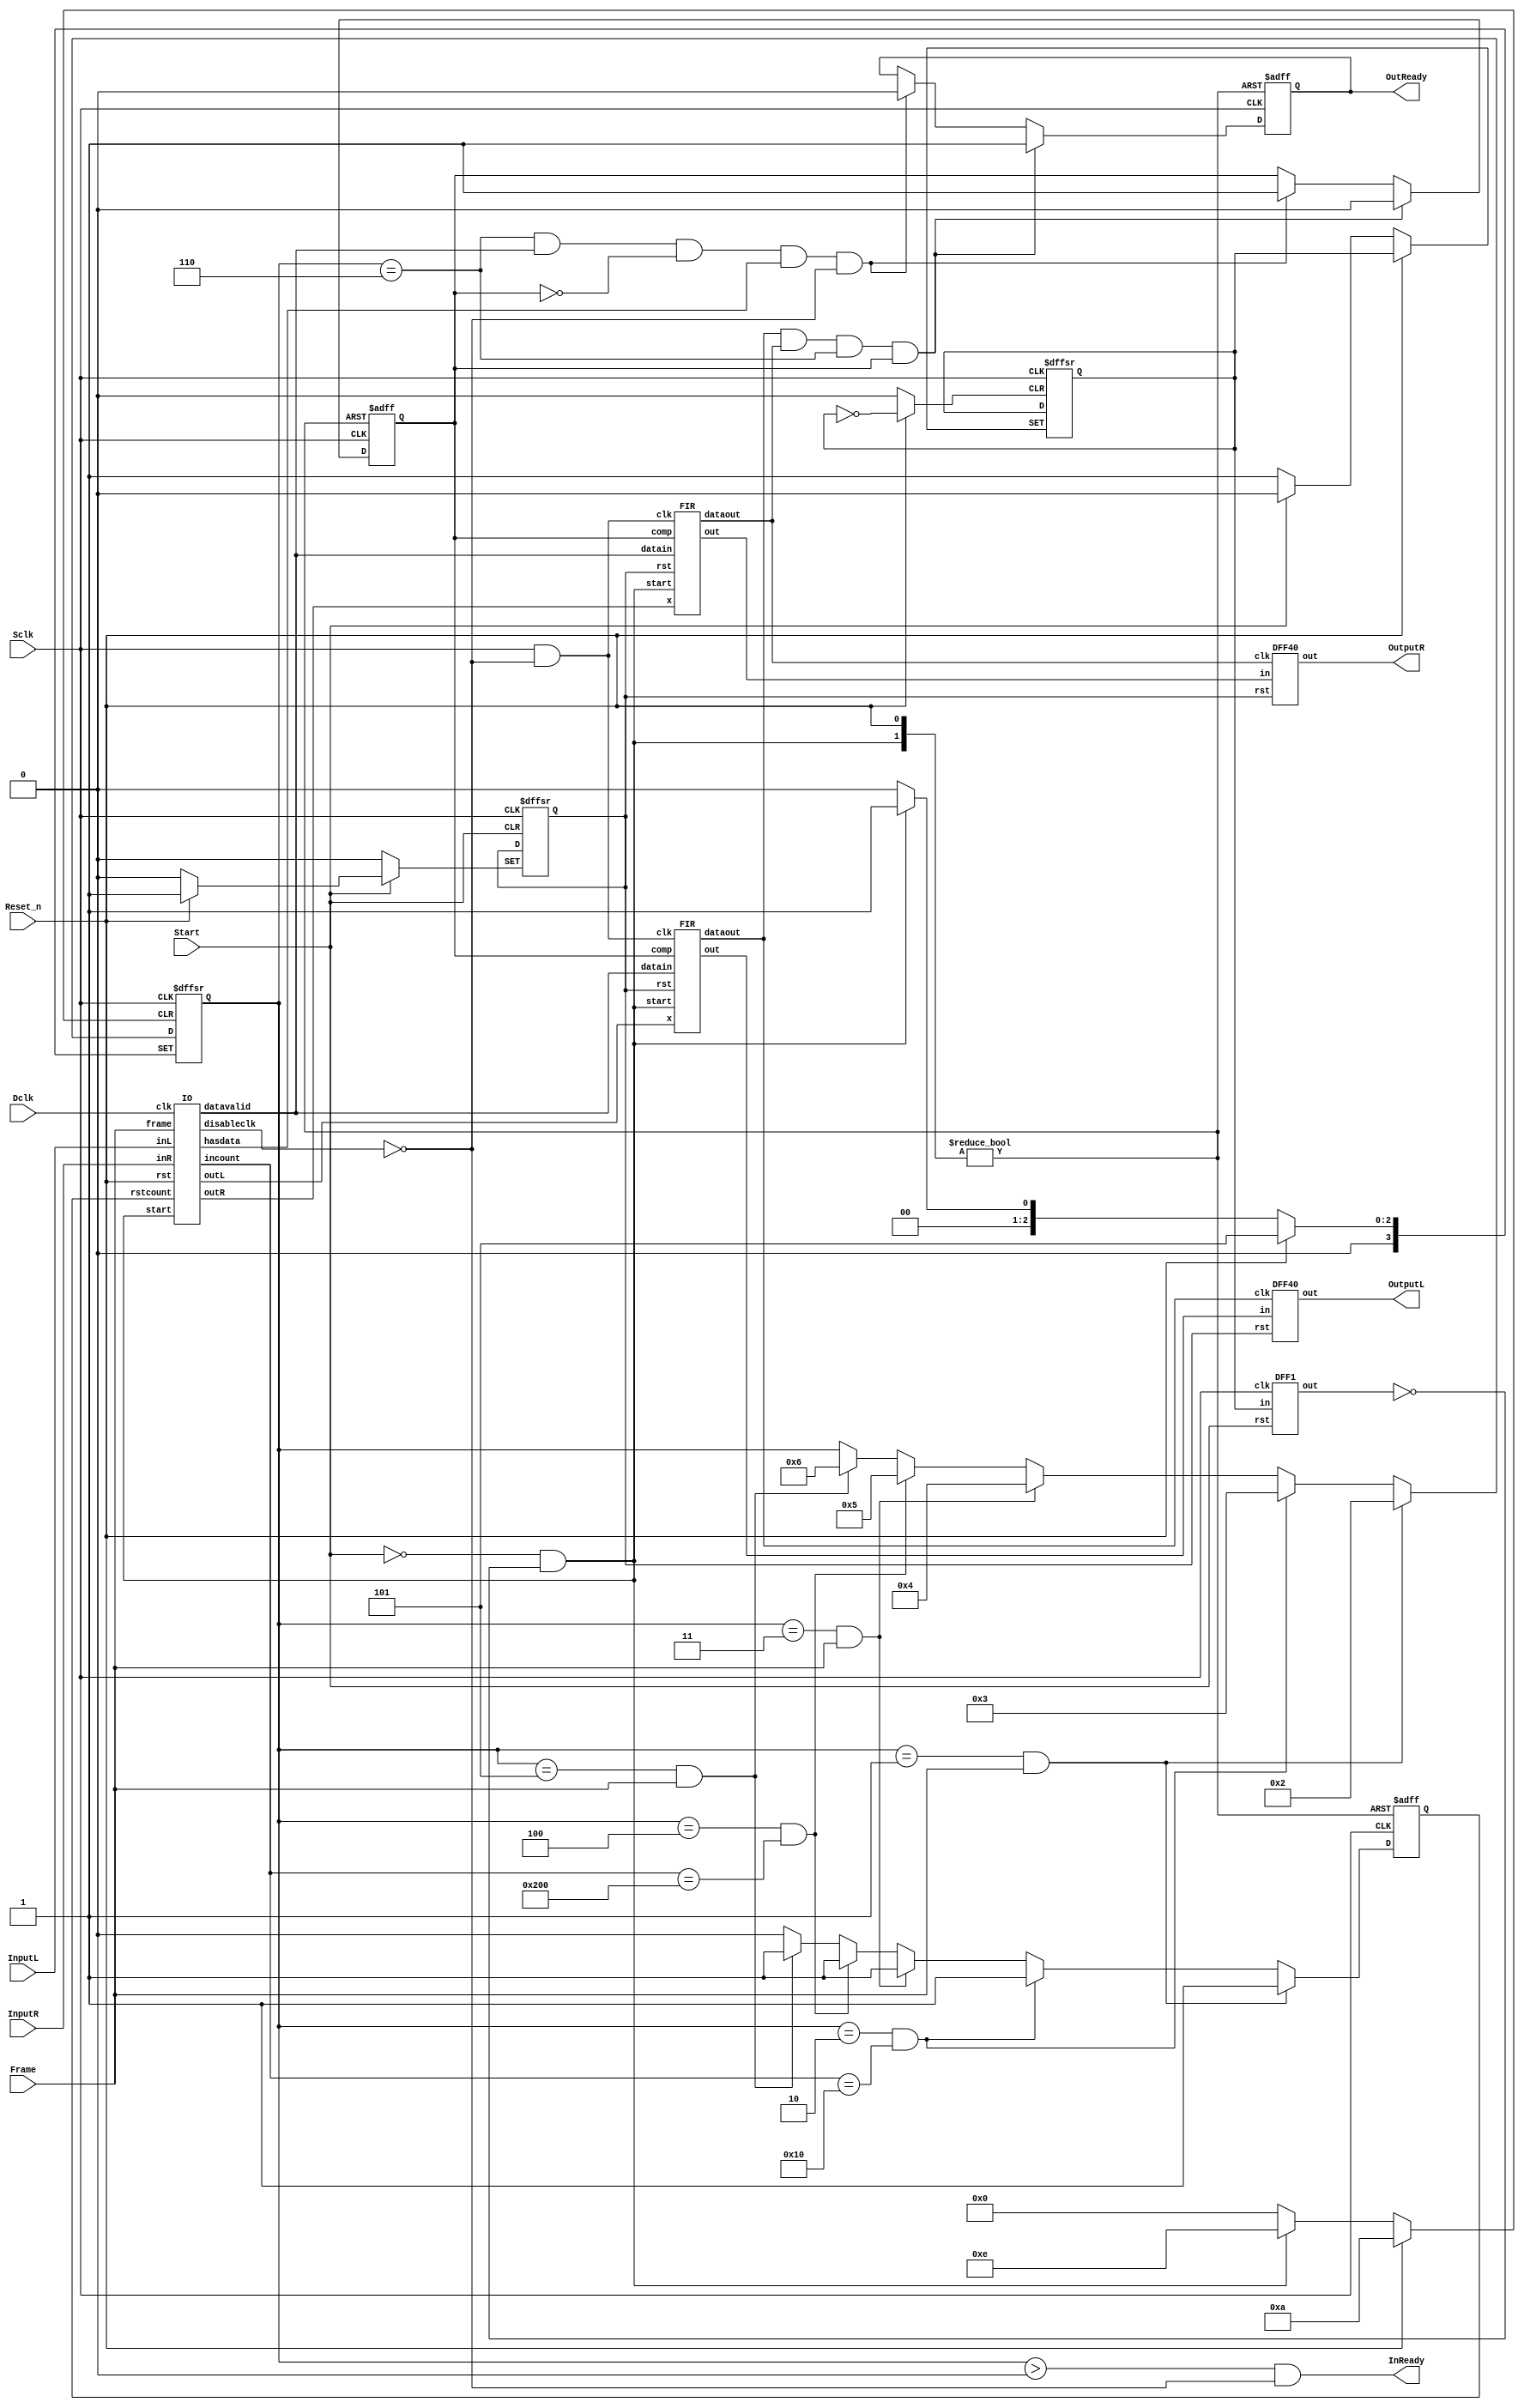
module MSDAP(Sclk, Dclk, Start, Reset_n, Frame, InputL, InputR, InReady, OutReady, OutputL, OutputR);
    input Sclk, Dclk, Start, Reset_n, Frame, InputL, InputR;
    output InReady;
    output reg OutReady;
    output [39:0] OutputL, OutputR;
 
    wire [39:0] outL, outR;
    wire [15:0] dataL, dataR;
    wire [9:0] incount;
    reg [3:0] state;
    wire datavalid, disableclk, dataoutL, dataoutR, hasdata, started, firclk;
    wire start;
    reg rst, collecting, validnc, comp, starting, rstcount;

    assign firclk = Sclk & !disableclk;
    FIR firL(dataL, datavalid, firclk, rst, start, comp, outL, dataoutL);
    FIR firR(dataR, datavalid, firclk, rst, start, comp, outR, dataoutR);
    DFF40 outdffL(outL, dataoutL, rst, OutputL);
    DFF40 outdffR(outR, dataoutR, rst, OutputR);
    assign InReady = state > 0 && !disableclk;
    
    IO io(Dclk, start, Reset_n, rstcount, Frame, InputL, InputR, dataL, dataR, incount, datavalid, disableclk, hasdata);

    always @(posedge Sclk or negedge Start or posedge Reset_n) begin
        if(Reset_n) begin
            rst <= 1;
        end
        else if(!Start) begin
            starting <= 1;
            rst <= 0;
        end
    end

    DFF1 startdff(starting, Sclk, Start, started);
    assign start = !Start && !started;

    always @(posedge Sclk or posedge start or posedge Reset_n) begin
        if(start) begin
            OutReady <= 0;
            comp <= 0;
        end
        else if(Reset_n) begin
            OutReady <= 0;
            comp <= 0;
        end
        else begin
            if(dataoutL && dataoutR && state == 6 && comp) begin
                OutReady <= 1;
                comp <= 0;
            end
            else if(state == 6 && datavalid && !comp && hasdata && !disableclk) begin
                OutReady <= 0;
                comp <= 1;
            end
        end
    end

    always @(posedge Sclk or posedge start or posedge Reset_n) begin
        if(start) begin
            state <= 1;
            rstcount <= 0;
        end
        else if(Reset_n) begin
            state <= 5;
            rstcount <= 0;
        end
        else begin
            if(state == 1 && Frame) begin
                state <= 2;
                rstcount <= 1;
            end
            else if(state == 2 && incount == 16) begin
                state <= 3;
                rstcount <= 1;
            end
            else if(state == 3 && Frame) begin
                state <= 4;
                rstcount <= 1;
            end
            else if(state == 4 && incount == 512) begin
                state <= 5;
                rstcount <= 1;
            end
            else if(state == 5 && Frame) begin
                state <= 6;
                rstcount <= 1;
            end
            else begin
                rstcount <= 0;
            end
        end
    end
endmodule

module IO(clk, start, rst, rstcount, frame, inL, inR, outL, outR, incount, datavalid, disableclk, hasdata);
    input clk, start, rst, rstcount, frame, inL, inR;
    output reg [15:0] outL, outR;
    output reg [9:0] incount;
    output reg datavalid, hasdata;
    output disableclk;

    reg [9:0] zerocounter;
    reg [3:0] index;
    reg collecting, framerec, validnc;

    assign disableclk = zerocounter == 800;

    always @(posedge clk or posedge start or posedge rst or posedge rstcount or posedge frame) begin
        if(start) begin
            zerocounter <= 0;
            framerec <= 0;
            datavalid <= 0;
            incount <= 0;
            hasdata <= 0;
        end
        else if(rst) begin
            zerocounter <= 0;
            framerec <= 0;
            datavalid <= 0;
            incount <= 0;
            hasdata <= 0;
        end
        else if(rstcount) begin
            incount <= 0;
            zerocounter <= 0;
            hasdata <= 0;
        end
        else if(frame) begin
            framerec <= 1;
        end
        else begin
            framerec <= 0;
            if(validnc) begin
                if(outL == 0 && outR == 0 && zerocounter != 800) begin
                    zerocounter <= zerocounter + 1;
                end
                else if(outL != 0 || outR != 0) begin
                    zerocounter <= 0;
                end
                incount <= incount + 1;
                datavalid <= 1;
                hasdata <= 1;
            end
            else begin
                datavalid <= 0;
            end
        end
    end

    always @(negedge clk or posedge start or posedge rst) begin
        if(start) begin
            collecting <= 0;
            outL <= 0;
            outR <= 0;
            validnc <= 0;
            index <= 15;
        end
        else if(rst) begin
            collecting <= 0;
            outL <= 0;
            outR <= 0;
            validnc <= 0;
            index <= 15;
        end
        else begin
            if(framerec)
                collecting <= 1;
            if(collecting || framerec) begin
                outL[index] <= inL;
                outR[index] <= inR;
                index <= index - 1;
            end
            if(index == 0) begin
                validnc <= 1;
            end
            else begin
                validnc <= 0;
            end
        end
    end
endmodule

module FIR(x, datain, clk, rst, start, comp, out, dataout);
    input [15:0] x;
    input datain, clk, rst, start, comp;
    output [39:0] out;
    output dataout;

    parameter ORDER = 256;
    reg [10:0] count;
    reg [8:0] C [511:0];
    reg [15:0] X [(ORDER - 1):0];
    reg [7:0] Rj [15:0];
    reg r, c;
    integer i;

    always @(posedge datain or posedge start or posedge rst) begin
        if(start) begin
            r <= 0;
            c <= 0;
            count <= 0;
            for(i = 0; i < ORDER; i = i + 1)
                X[i] <= 0;
        end
        else if(rst) begin
            for(i = 0; i < ORDER; i = i + 1)
                X[i] <= 0;
        end
        else if(!rst) begin
            if(!r) begin
                Rj[count] <= x[7:0];
                count <= count + 1;
                if(count == 15) begin
                    r <= 1;
                    count <= 0;
                end
            end
            else if(!c) begin
                C[count] <= x[8:0];
                count <= count + 1;
                if(count == 511) begin
                    c <= 1;
                end
            end
            else if(c) begin
                for(i = 1; i < ORDER; i = i + 1)
                    X[i - 1] <= X[i];
                X[(ORDER - 1)] <= x;
            end
        end
    end

    wire [39:0] mux3out, outshift;
    wire [24:0] sum;
    wire [23:0] mux1out, mux2out, accout;
    wire [15:0] xxor;
    wire [9:0] Csel, srjout;
    wire [7:0] rj, negcoeff, xindex, isneg;
    wire [3:0] rjsel;
    wire [1:0] mux2sel;
    wire coeffcarryin, accclk, accrst, rjclk, rjm1clk, mux1sel, muxcsel, muxcout, eqz, accreset, mux3sel, outclk, reset, restart;

    assign negcoeff = ~(C[Csel][7:0]);
    assign xindex = 8'hff & negcoeff;
    assign coeffcarryin = C[Csel][8];
    
    XOR_1_16 muxxoutxor(coeffcarryin, X[xindex], xxor); 

    //Counter10 SRjm1(rjm1clk, restart, Csel);
    Counter10_e SRjm1(!clk, rjm1clkenable, restart, rst | start, Csel);
    
    //DFF10 SRj(sum[9:0], rjclk, restart, srjout);
    DFF10_e SRj(sum[9:0], !clk, rjclkenable, restart, rst | start, srjout);

    //Counter4 Rjno(rjnoclk, restart, rjsel);
    Counter4_e Rjno(!clk, rjnoclkenable, restart, rst | start, rjsel);
    
    assign isneg = xxor[15] ? 8'hff : 8'h00;
    Mux2_24 mux1(accout, {16'h0000, Rj[rjsel]}, mux1sel, mux1out);
    Mux4_24 mux2({isneg, xxor}, 24'h000000, {14'h0000, srjout}, out[39:16], mux2sel, mux2out);
    
    Mux2_1 muxc(coeffcarryin, 1'b0, muxcsel, muxcout);

    Adder24 add(mux1out, mux2out, muxcout, sum);
    
    assign accrst = restart | accreset;
    //DFF24 acc(sum[23:0], accclk, accrst, accout);
    DFF24_e acc(sum[23:0], !clk, accclkenable, accrst, rst | start, accout);

    FastEQ10 feq(Csel, srjout, eqz);
    
    Mux2_40 mux3({sum[23:0], out[15:0]}, outshift, mux3sel, mux3out);
    //DFF40 outdff(mux3out, outclk, restart, out);
    DFF40_e outdff(mux3out, clk, outclkenable, restart, rst | start, out);
    Shifter40 shifter(out, outshift);
    
    StateMachine sm(clk, rst, start, comp, eqz, rjsel, mux1sel, mux2sel, mux3sel, muxcsel, rjm1clkenable, rjclkenable, rjnoclkenable, accclkenable, accreset, outclkenable, dataout, reset);

    DFF1 resetpulse(reset, !clk, start | rst, hasreset);
    DFF1 resetpulse2(reset, clk, start | rst, hasresetd);

    assign restart = rst | (reset & !hasresetd);
endmodule

module StateMachine(clk, rst, start, comp, eqz, rjno, mux1sel, mux2sel, mux3sel, muxcsel, rjm1clkenable, rjclkenable, rjnoclkenable, accclkenable, accreset, outclkenable, dataout, reset);
    input clk, rst, start, comp, eqz;
    input [3:0] rjno;
    output mux1sel, mux3sel, muxcsel, rjclkenable, rjnoclkenable, rjm1clkenable, accclkenable, outclkenable, dataout, accreset, reset;
    output [1:0] mux2sel;

    reg [2:0] pstate, nstate;
    parameter A = 0;
    parameter B = 1;
    parameter C = 2;
    parameter D = 3;
    parameter E = 4;
    parameter F = 5;
    parameter G = 6;

    assign reset = pstate == G;
    assign dataout = pstate == F;
    assign accclkenable = pstate == C;
    assign outclkenable = pstate == D || pstate == E;
    assign rjm1clkenable = pstate == C;
    assign rjnoclkenable = pstate == B || (pstate == E && rjno != 0);
    assign rjclkenable = pstate == B || (pstate == E && rjno != 0);
    assign mux1sel = pstate == B || (pstate == E && rjno != 0);
    assign mux2sel[0] = pstate == D;
    assign mux2sel[1] = pstate == B || pstate == D || (pstate == E && rjno != 0);
    assign muxcsel = pstate == B || pstate == D || pstate == E;
    assign mux3sel = pstate == E;
    assign accreset = pstate == B || (pstate == E && rjno != 0);

    always @(posedge clk or posedge start or posedge rst) begin
        if(start) begin
            pstate <= A;
            nstate <= A;
        end
        else if(rst) begin
            pstate <= A;
            nstate <= A;
        end
        else if(comp) begin
            if(eqz && pstate == C) begin
                pstate <= D;
                nstate <= E;
            end
            else begin
                case(nstate)
                    A: begin
                        nstate <= B;
                    end
                    B: begin
                        nstate <= C;
                    end
                    C: begin
                        if(eqz) begin
                            nstate <= D;
                        end
                        else begin
                            nstate <= C;
                        end
                    end
                    D: begin
                        nstate <= E;
                    end
                    E: begin
                        if(rjno == 0 && eqz) begin
                            nstate <= F;
                        end
                        else begin
                            nstate <= C;
                        end
                    end
                    F: begin
                        nstate <= G;
                    end
                    G: begin
                        nstate <= B;
                    end
                    default: begin
                        nstate <= B;
                    end
                endcase
                pstate <= nstate;
            end
        end
    end
endmodule

module FastEQ10(one, two, out);
    input [9:0] one, two;
    output out;

    assign out = &(one | ~two);
endmodule

module DFF1(in, clk, rst, out);//1-bit D-flip flop
    input in;
    input clk, rst;
    output reg out;

    always @(posedge clk or posedge rst) begin
        if(rst)
            out <= 0;
        else
            out <= in;
    end
endmodule

module DFF4(in, clk, rst, out);//4-bit D-flip flop
    input [3:0] in;
    input clk, rst;
    output reg [3:0] out;

    always @(posedge clk or posedge rst) begin
        if(rst)
            out <= 0;
        else
            out <= in;
    end
endmodule

module Counter4(clk, rst, out);
    input clk, rst;
    output reg [3:0] out;

    always @(posedge clk or posedge rst) begin
        if(rst)
            out <= 0;
        else
            out <= out + 1;
    end
endmodule

module Counter4_e(clk, enable, rst, arst, out);
    input clk, enable, rst, arst;
    output reg [3:0] out;

    always @(posedge clk or posedge arst) begin
        if(arst)
            out <= 0;
        else if(rst)
            out <= 0;
        else if(enable)
            out <= out + 1;
    end
endmodule

module DFF10(in, clk, rst, out);//10-bit D-flip flop
    input [9:0] in;
    input clk, rst;
    output reg [9:0] out;

    always @(posedge clk or posedge rst) begin
        if(rst)
            out <= 0;
        else
            out <= in;
    end
endmodule

module DFF10_e(in, clk, enable, rst, arst, out);//10-bit D-flip flop
    input [9:0] in;
    input clk, enable, rst, arst;
    output reg [9:0] out;

    always @(posedge clk or posedge arst) begin
        if(arst)
            out <= 0;
        else if(rst)
            out <= 0;
        else if(enable)
            out <= in;
    end
endmodule

module Counter10(clk, rst, out);
    input clk, rst;
    output reg [9:0] out;

    always @(posedge clk or posedge rst) begin
        if(rst)
            out <= 0;
        else
            out <= out + 1;
    end
endmodule

module Counter10_e(clk, enable, rst, arst, out);
    input clk, enable, rst, arst;
    output reg [9:0] out;

    always @(posedge clk or posedge arst) begin
        if(arst)
            out <= 0;
        else if(rst)
            out <= 0;
        else if(enable)
            out <= out + 1;
    end
endmodule

module DFF11(in, clk, rst, out);//11-bit D-flip flop
    input [10:0] in;
    input clk, rst;
    output reg [10:0] out;

    always @(posedge clk or posedge rst) begin
        if(rst)
            out <= 0;
        else
            out <= in;
    end
endmodule

module DFF16(in, clk, rst, out);//16-bit D-flip flop
    input [15:0] in;
    input clk, rst;
    output reg [15:0] out;

    always @(posedge clk or posedge rst) begin
        if(rst)
            out <= 0;
        else
            out <= in;
    end
endmodule

module DFF24(in, clk, rst, out);//24-bit D-flip flop
    input [23:0] in;
    input clk, rst;
    output reg [23:0] out;

    always @(posedge clk or posedge rst) begin
        if(rst)
            out <= 0;
        else
            out <= in;
    end
endmodule

module DFF24_e(in, clk, enable, rst, arst, out);//24-bit D-flip flop
    input [23:0] in;
    input clk, enable, rst, arst;
    output reg [23:0] out;

    always @(posedge clk or posedge arst) begin
        if(arst)
            out <= 0;
        else if(rst)
            out <= 0;
        else if(enable)
            out <= in;
    end
endmodule

module DFF40(in, clk, rst, out);//40-bit D-flip flop
    input [39:0] in;
    input clk, rst;
    output reg [39:0] out;

    always @(posedge clk or posedge rst) begin
        if(rst)
            out <= 0;
        else
            out <= in;
    end
endmodule

module DFF40_e(in, clk, enable, rst, arst, out);//40-bit D-flip flop
    input [39:0] in;
    input clk, enable, rst, arst;
    output reg [39:0] out;

    always @(posedge clk or posedge arst) begin
        if(arst)
            out <= 0;
        else if(rst)
            out <= 0;
        else if(enable)
            out <= in;
    end
endmodule

module Mux2_1(one, two, sel, out);
    input one, two;
    input sel;
    output reg out;

    always @* begin
        case(sel)
            0: out <= one;
            1: out <= two;
        endcase
    end
endmodule

module Mux2_16(one, two, sel, out);
    input [15:0] one, two;
    input sel;
    output reg [15:0] out;

    always @* begin
        case(sel)
            0: out <= one;
            1: out <= two;
        endcase
    end
endmodule

module Mux2_24(one, two, sel, out);
    input [23:0] one, two;
    input sel;
    output reg [23:0] out;

    always @* begin
        case(sel)
            0: out <= one;
            1: out <= two;
        endcase
    end
endmodule

module Mux2_40(one, two, sel, out);
    input [39:0] one, two;
    input sel;
    output reg [39:0] out;

    always @* begin
        case(sel)
            0: out <= one;
            1: out <= two;
        endcase
    end
endmodule

module Mux4_40(one, two, three, four, sel, out);
    input [39:0] one, two, three, four;
    input [1:0] sel;
    output reg [39:0] out;

    always @* begin
        case(sel)
            2'b00: out <= one;
            2'b01: out <= two;
            2'b10: out <= three;
            2'b11: out <= four;
        endcase
    end
endmodule

module Mux4_16(one, two, three, four, sel, out);
    input [15:0] one, two, three, four;
    input [1:0] sel;
    output reg [15:0] out;

    always @* begin
        case(sel)
            2'b00: out <= one;
            2'b01: out <= two;
            2'b10: out <= three;
            2'b11: out <= four;
        endcase
    end
endmodule

module Mux4_24(one, two, three, four, sel, out);
    input [23:0] one, two, three, four;
    input [1:0] sel;
    output reg [23:0] out;

    always @* begin
        case(sel)
            2'b00: out <= one;
            2'b01: out <= two;
            2'b10: out <= three;
            2'b11: out <= four;
        endcase
    end
endmodule

module Mux4_1(one, two, three, four, sel, out);
    input one, two, three, four;
    input [1:0] sel;
    output reg out;

    always @* begin
        case(sel)
            2'b00: out <= one;
            2'b01: out <= two;
            2'b10: out <= three;
            2'b11: out <= four;
        endcase
    end
endmodule

module Adder24(a, b, cin, s);
    input [23:0] a, b;
    input cin;
    output [24:0] s;

    assign s = a + b + cin;
endmodule

module Shifter40(in, out);
    input [39:0] in;
    output [39:0] out;

    assign out[38:0] = in[39:1];
    assign out[39] = in[39];
endmodule

module XOR_1_16(one, two, out);
    input one;
    input [15:0] two;
    output [15:0] out;

    assign out = one ? ~two : two;
endmodule